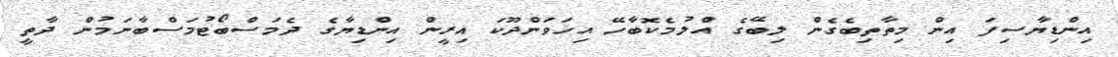
އިންޑިޔާސިފަ އިން މިތާތިބެގެން ލިބޭގެ އްލުމެކޮބާހޭ އިހަވަންދޫކަ އިރީން އިންޑިޔާގެ ދެމަސްބޯޓުމަސްބާނަމުން ދާތީ